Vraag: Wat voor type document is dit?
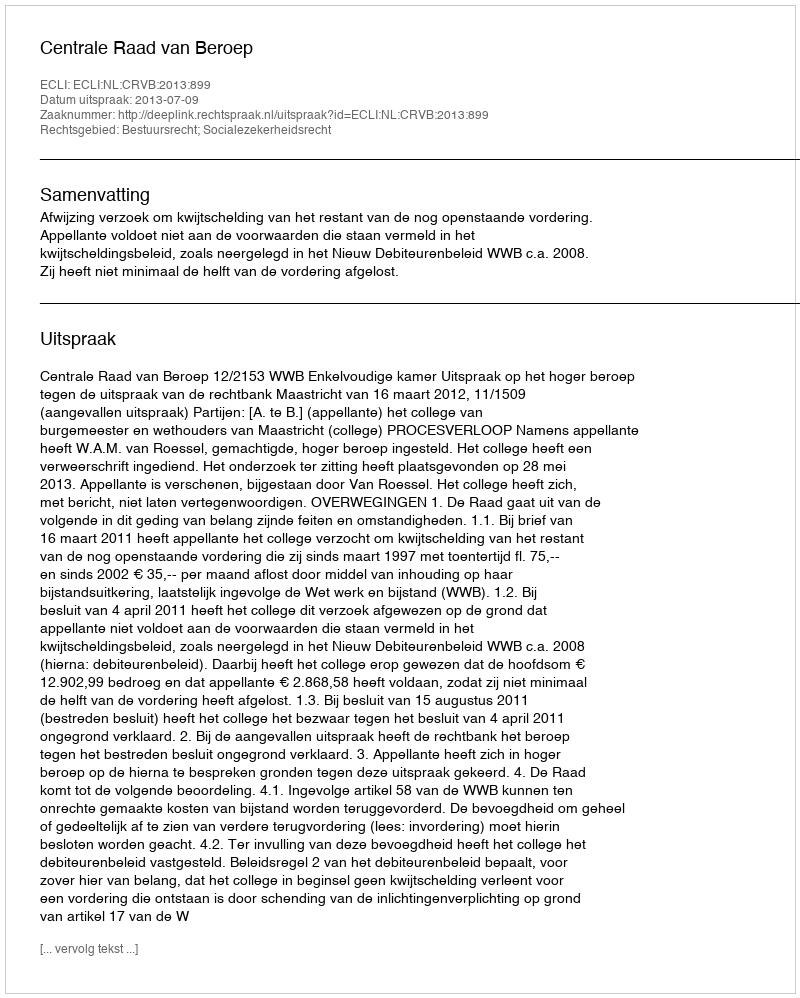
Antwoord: Uitspraak